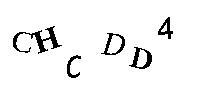
CHCDD4